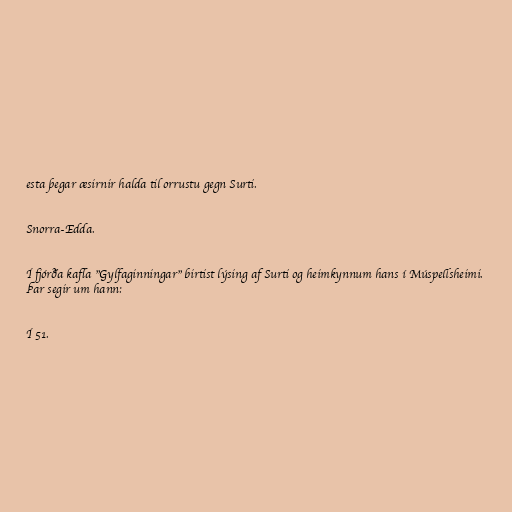
esta þegar æsirnir halda til orrustu gegn Surti.

Snorra-Edda.

Í fjórða kafla "Gylfaginningar" birtist lýsing af Surti og heimkynnum hans í Múspellsheimi.
Þar segir um hann:

Í 51.